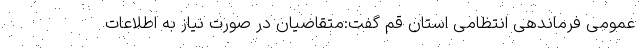
عمومی فرماندهی انتظامی استان قم گفت:متقاضیان در صورت نیاز به اطلاعات